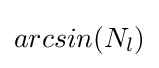
arcsin(N_{l})